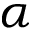
\alpha